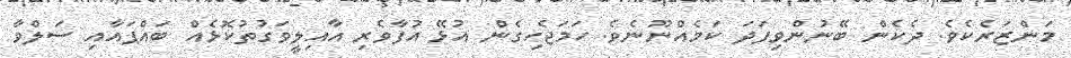
މަންޒަރެކެވެ. ދެކެން ބޭނުންވިފަދަ ކަމެއްނޫނެވެ. ހަމަޖެހިގެން އުޅޭ އުފާވެރި އާއިލީވަގުތުކޮޅެއް ބައްޕައާއި ސަލްވާ